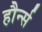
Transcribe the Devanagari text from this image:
हौर्न्स